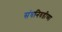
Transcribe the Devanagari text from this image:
संघनिवडीच्या